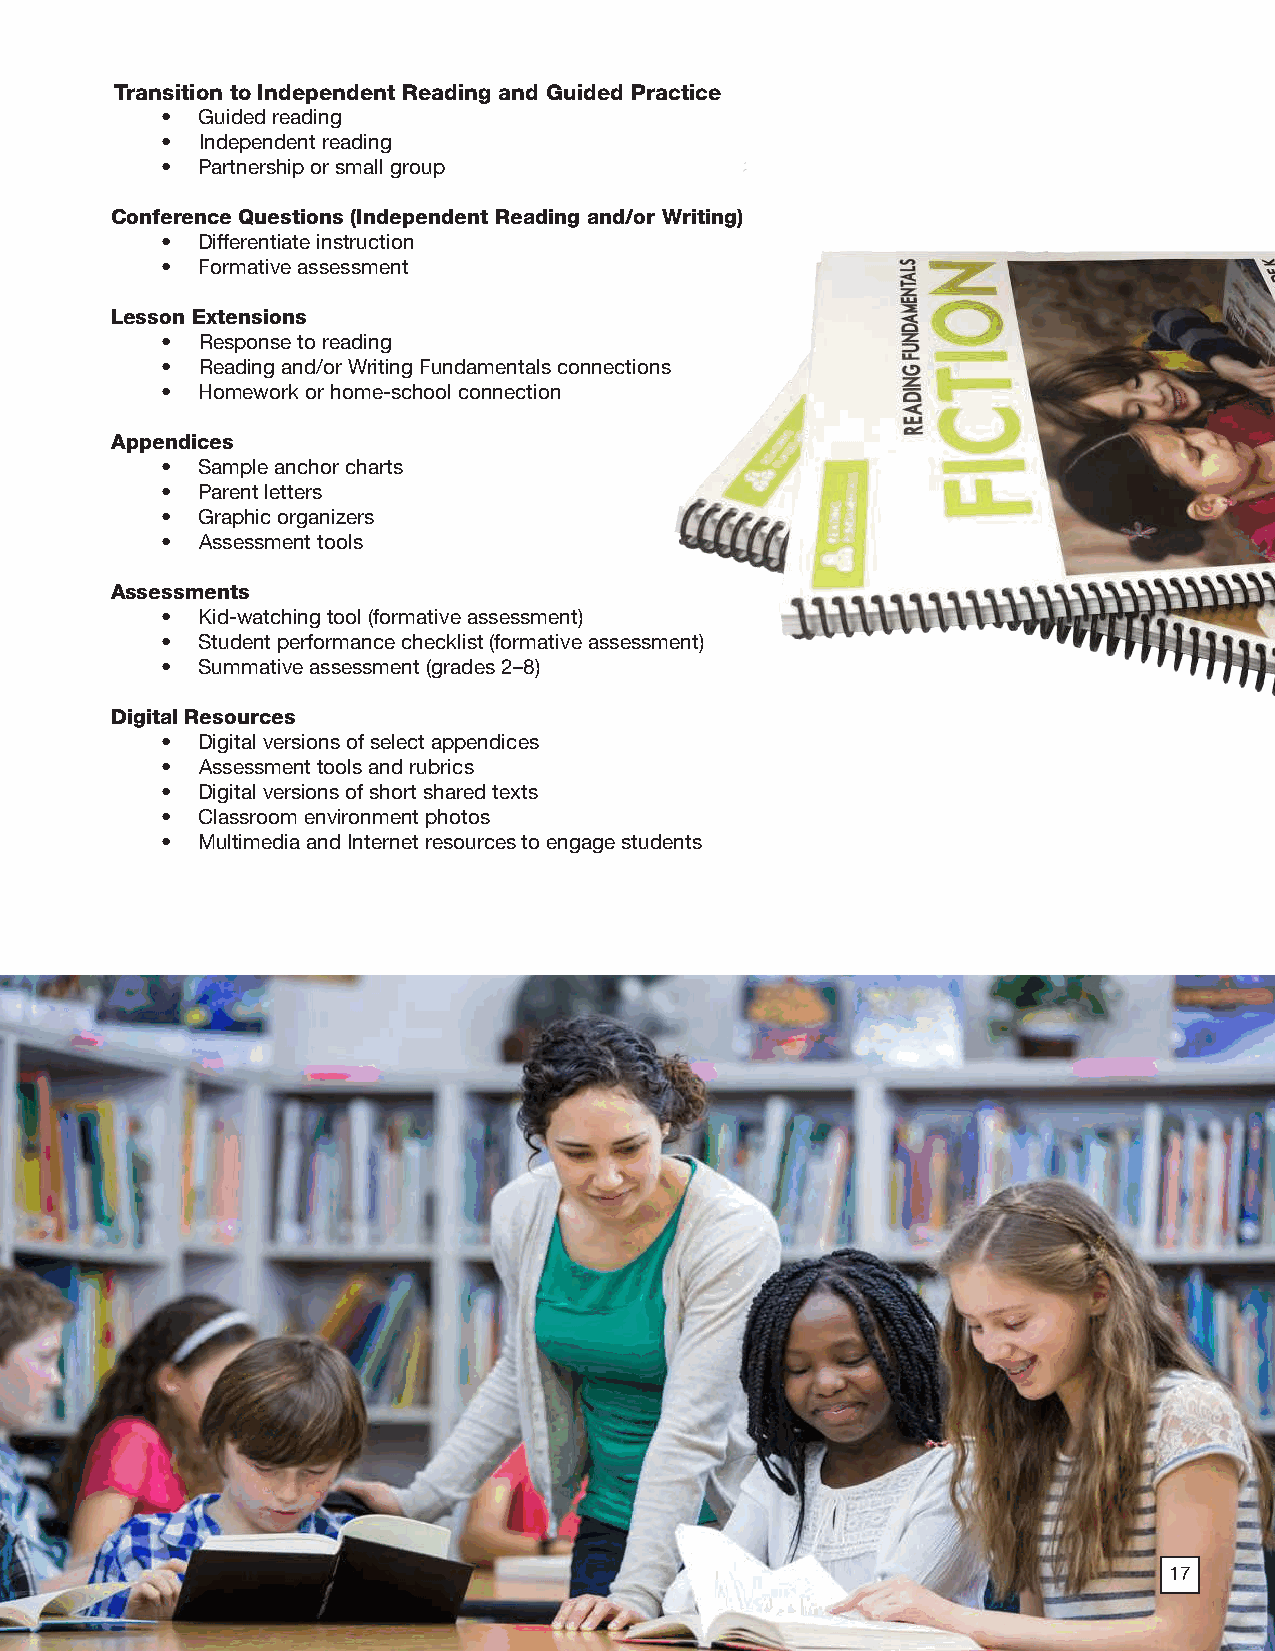
Transition to Independent Reading and Guided Practice
 •  Guided reading
 •  Independent reading
 Transition to Independent Reading and Guided Practice
 •  Partnership or small group
 • Guided reading
 • Independent reading
 Conference Questions (Independent Reading and/or Writing)
 • Partnership or small group
 •  Differentiate instruction
 Co•nfeFreonrmcea tQivuee asstsioensss m(Inendtependent Reading and/or Writing)
 • Differentiate instruction
 Lesson •ExteFonrsmioatnivse assessment
 •  Response to reading
 Le•ssoRne Eaxdtienngs aionnds/or Writing Fundamentals connections
 • Response to reading
 •  Homework or home-school connection
 • Reading and/or Writing Fundamentals connections
 • Homework or home-school connection
 Appendices
 •  Sample anchor charts
 Appendices
 •  •ParSeanmt plelett earnschor charts
 •  •GraPpahreicn to lregttaenrsizers
 •  •AssGersaspmhiecn otr gtoaonliszers
 • Assessment tools
 Assessments
 Assessments
 •  Kid-watching tool (formative assessment)
 • Kid-watching tool (formative assessment)
 •  Student performance checklist (formative assessment)
 • Student performance checklist (formative assessment)
 •  Summative assessment (grades 2–8)
 • Summative assessment (grades 2–8)
 DigDitiagli tRael sRoeusorcuercses
 •  •DigDitiagli tvael rvseirosniosn os fo sf esleelcetc ta appppeennddiicceess
 •  •AssAessssemssemnet ntot toolso lsa nadn dr urubbrircicss
 •  •DigDitiagli tvael rvseirosniosn os fo sf hsohrotr ts shhaareredd tteexxttss
 •  •ClaCslsarsosoromo men evnirvoirnomnmenetn tp phhoototoss
 • Multimedia and Internet resources to engage students
 •  Multimedia and Internet resources to engage students
 52
 17